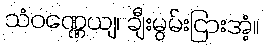
သံဝဏ္ဏေယျ၊ ချီးမွမ်းငြားအံ့။